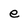
Character: e